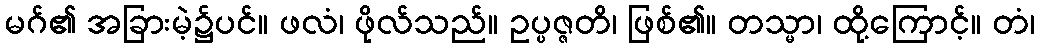
မဂ်၏ အခြားမဲ့၌ပင်။ ဖလံ၊ ဖိုလ်သည်။ ဥပ္ပဇ္ဇတိ၊ ဖြစ်၏။ တသ္မာ၊ ထို့ကြောင့်။ တံ၊